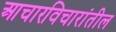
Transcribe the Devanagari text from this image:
आचारविचारांतील